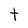
Character: t